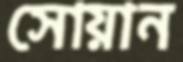
সোয়ান